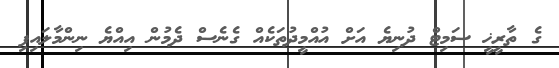
ގެ ތާރީޚީ ސަމިޓް ދުނިޔެ އަށް އުއްމީދުތަކެއް ގެނެސް ދެމުން އިއްޔެ ނިންމާލައިފި